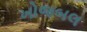
ખોજબલ